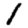
Digit: 1